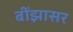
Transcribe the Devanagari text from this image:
बींझासर